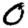
Digit: 0